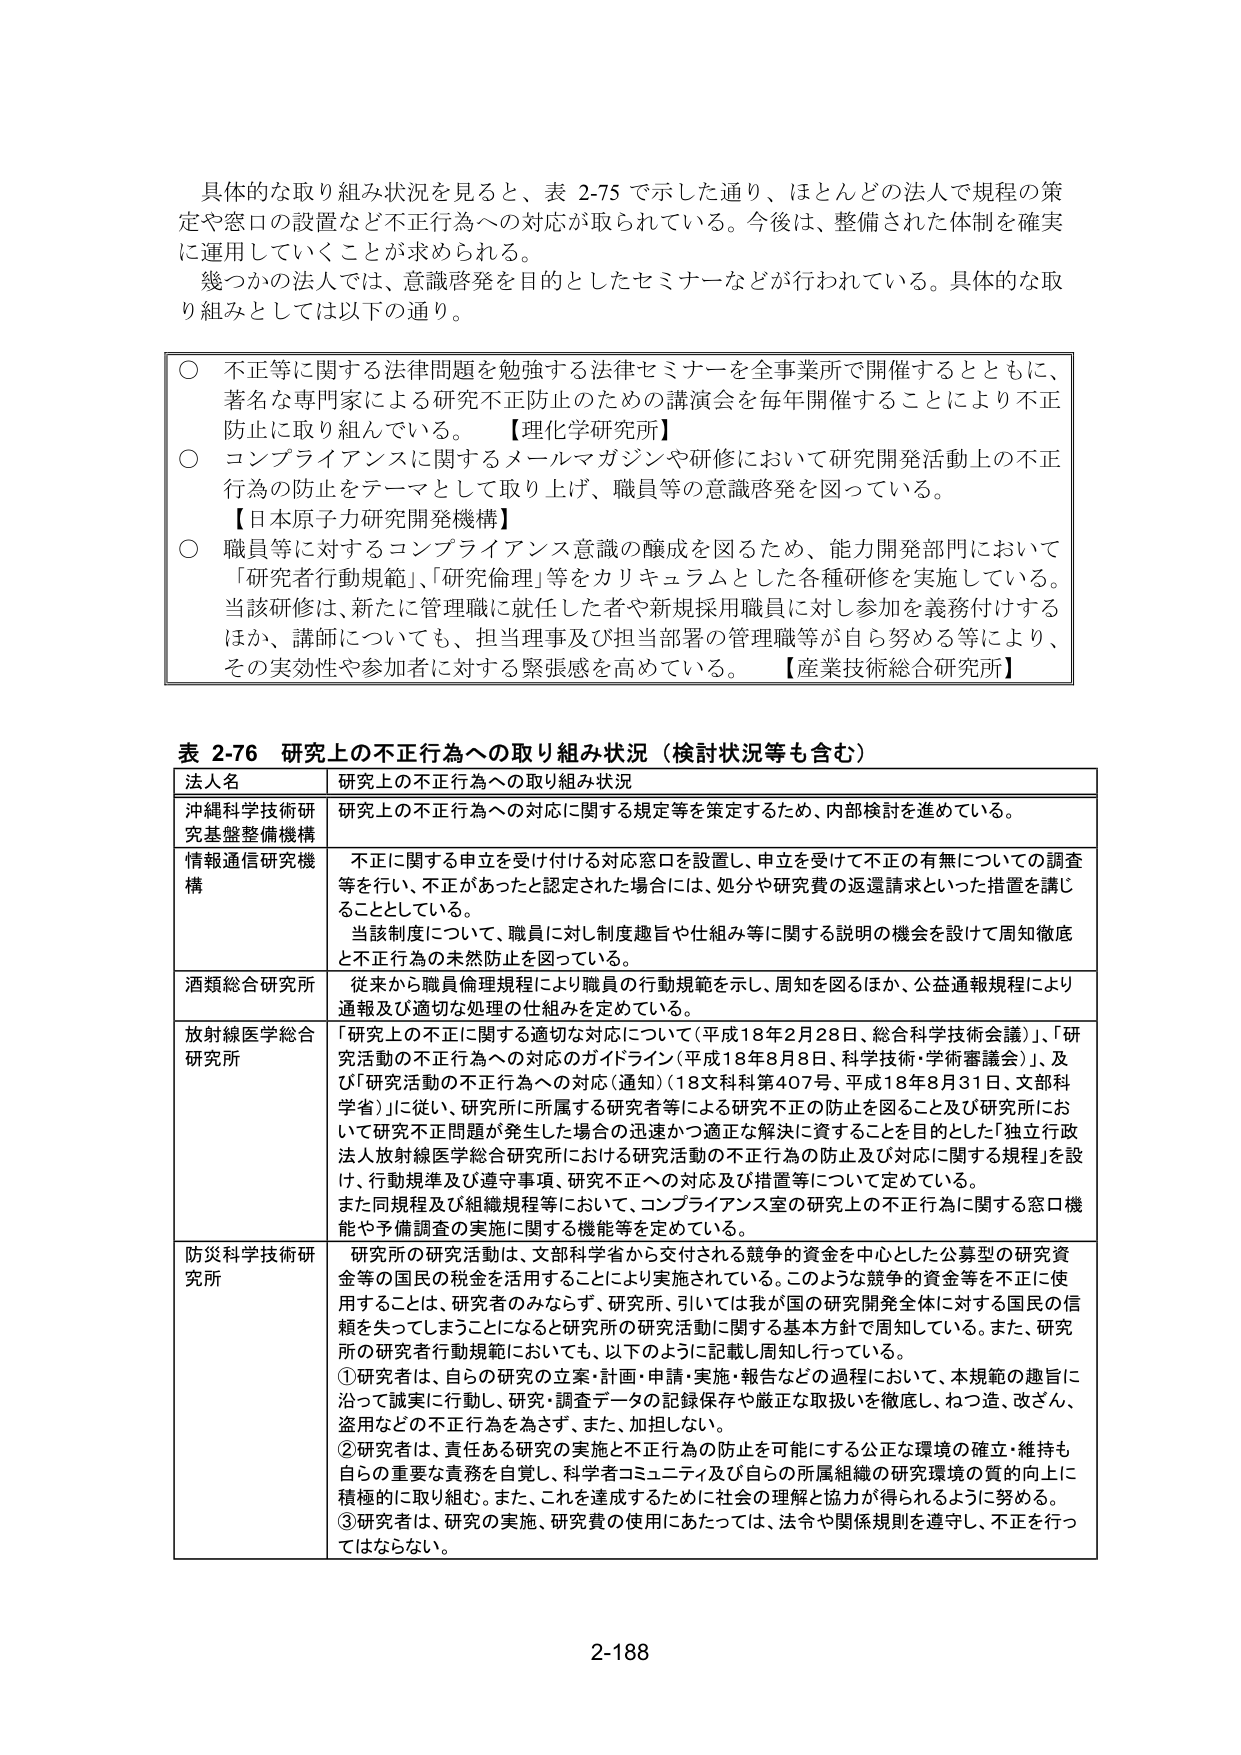
具体的な取り組み状況を見ると、表 2-75 で示した通り、ほとんどの法人で規程の策定や窓口の設置など不正行為への対応が取られている。今後は、整備された体制を確実に運用していくことが求められる。

幾つかの法人では、意識啓発を目的としたセミナーなどが行われている。具体的な取り組みとしては以下の通り。

○ 不正等に関する法律問題を勉強する法律セミナーを全事業所で開催するとともに、著名な専門家による研究不正防止のための講演会を毎年開催することにより不正防止に取り組んでいる。【理化学研究所】

○ コンプライアンスに関するメールマガジンや研修において研究開発活動上の不正行為の防止をテーマとして取り上げ、職員等の意識啓発を図っている。【日本原子力研究開発機構】

○ 職員等に対するコンプライアンス意識の醸成を図るため、能力開発部門において「研究者行動規範」、「研究倫理」等をカリキュラムとした各種研修を実施している。当該研修は、新たに管理職に就任した者や新規採用職員に対し参加を義務付けるほか、講師についても、担当理事及び担当部署の管理職等が自ら努める等により、その実効性や参加者に対する緊張感を高めている。【産業技術総合研究所】

表 2-76 研究上の不正行為への取り組み状況（検討状況等も含む）

| 法人名 | 研究上の不正行為への取り組み状況 |
|---|---|
| 沖縄科学技術研究基盤整備機構 | 研究上の不正行為への対応に関する規定等を策定するため、内部検討を進めている。 |
| 情報通信研究機構 | 不正に関する申立を受け付ける対応窓口を設置し、申立を受けて不正の有無についての調査等を行い、不正があったと認定された場合には、処分や研究費の返還請求といった措置を講じることとしている。<br>当該制度について、職員に対し制度趣旨や仕組み等に関する説明の機会を設けて周知徹底と不正行為の未然防止を図っている。 |
| 酒類総合研究所 | 従来から職員倫理規程により職員の行動規範を示し、周知を図るほか、公益通報規程により通報及び適切な処理の仕組みを定めている。 |
| 放射線医学総合研究所 | 「研究上の不正に関する適切な対応について（平成18年2月28日、総合科学技術会議）」、「研究活動の不正行為への対応のガイドライン（平成18年8月8日、科学技術・学術審議会）」、及び「研究活動の不正行為への対応（通知）（18文科科第407号、平成18年8月31日、文部科学省）」に従い、研究所に所属する研究者等による研究不正の防止を図ること及び研究所において研究不正問題が発生した場合の迅速かつ適正な解決に資することを目的とした「独立行政法人放射線医学総合研究所における研究活動の不正行為の防止及び対応に関する規程」を設け、行動規準及び遵守事項、研究不正への対応及び措置等について定めている。<br>また同規程及び組織規程等において、コンプライアンス室の研究上の不正行為に関する窓口機能や予備調査の実施に関する機能等を定めている。 |
| 防災科学技術研究所 | 研究所の研究活動は、文部科学省から交付される競争的資金を中心とした公募型の研究資金等の国民の税金を活用することにより実施されている。このような競争的資金を不正に使用することは、研究者のみならず、研究所、引いては我が国の研究開発全体に対する国民の信頼を失ってしまうことになると研究所の研究活動に関する基本方針で周知している。また、研究所の研究者行動規範においても、以下のように記載し周知し行っている。<br>①研究者は、自らの研究の立案・計画・申請・実施・報告などの過程において、本規範の趣旨に沿って誠実に行動し、研究・調査データの記録保存や厳正な取扱いを徹底し、ねつ造、改ざん、盗用などの不正行為を為さず、また、加担しない。<br>②研究者は、責任ある研究の実施と不正行為の防止を可能にする公正な環境の確立・維持も自らの重要な責務を自覚し、科学者コミュニティ及び自らの所属組織の研究環境の質的向上に積極的に取り組む。また、これを達成するために社会の理解と協力が得られるように努める。<br>③研究者は、研究の実施、研究費の使用にあたっては、法令や関係規則を遵守し、不正を行ってはならない。 |

2-188